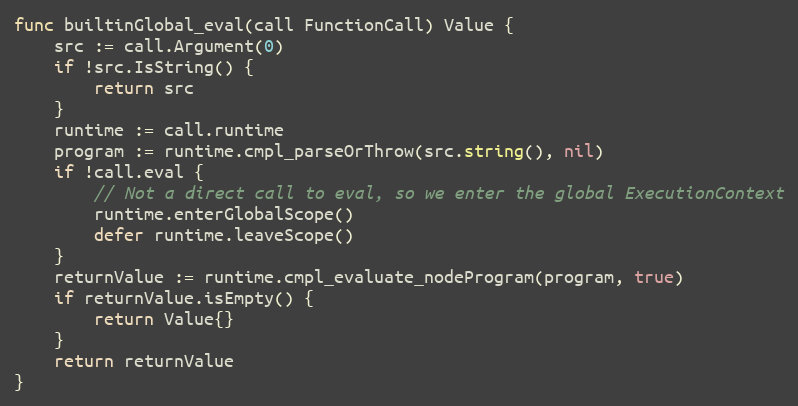
Language: Go
func builtinGlobal_eval(call FunctionCall) Value {
	src := call.Argument(0)
	if !src.IsString() {
		return src
	}
	runtime := call.runtime
	program := runtime.cmpl_parseOrThrow(src.string(), nil)
	if !call.eval {
		// Not a direct call to eval, so we enter the global ExecutionContext
		runtime.enterGlobalScope()
		defer runtime.leaveScope()
	}
	returnValue := runtime.cmpl_evaluate_nodeProgram(program, true)
	if returnValue.isEmpty() {
		return Value{}
	}
	return returnValue
}